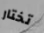
تختار